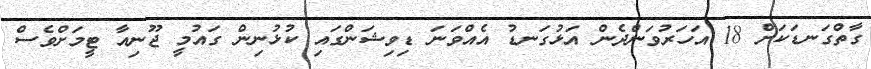
ގާތްގަނޑަކަށް 18 އަހަރުވަންދެން އަޅުގަނޑު އެއްވަނަ ޑިވިޝަންގައި ކުޅުނިން ގައުމީ ޖޫނިއާ ޓީމަށްވެސް